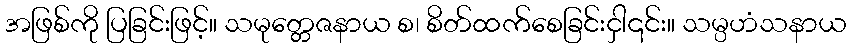
အဖြစ်ကို ပြခြင်းဖြင့်။ သမုတ္တေဇနာယ စ၊ စိတ်ထက်စေခြင်းငှါ၎င်း။ သမ္ပဟံသနာယ